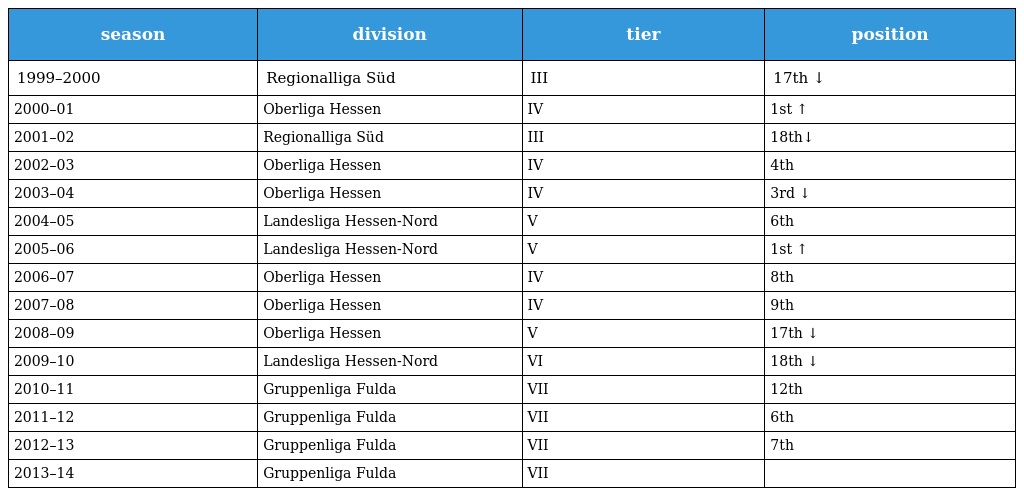
| season | division | tier | position |
 | --- | --- | --- | --- |
 | 1999–2000 | Regionalliga Süd | III | 17th ↓ |
 | 2000–01 | Oberliga Hessen | IV | 1st ↑ |
 | 2001–02 | Regionalliga Süd | III | 18th↓ |
 | 2002–03 | Oberliga Hessen | IV | 4th |
 | 2003–04 | Oberliga Hessen | IV | 3rd ↓ |
 | 2004–05 | Landesliga Hessen-Nord | V | 6th |
 | 2005–06 | Landesliga Hessen-Nord | V | 1st ↑ |
 | 2006–07 | Oberliga Hessen | IV | 8th |
 | 2007–08 | Oberliga Hessen | IV | 9th |
 | 2008–09 | Oberliga Hessen | V | 17th ↓ |
 | 2009–10 | Landesliga Hessen-Nord | VI | 18th ↓ |
 | 2010–11 | Gruppenliga Fulda | VII | 12th |
 | 2011–12 | Gruppenliga Fulda | VII | 6th |
 | 2012–13 | Gruppenliga Fulda | VII | 7th |
 | 2013–14 | Gruppenliga Fulda | VII |  |